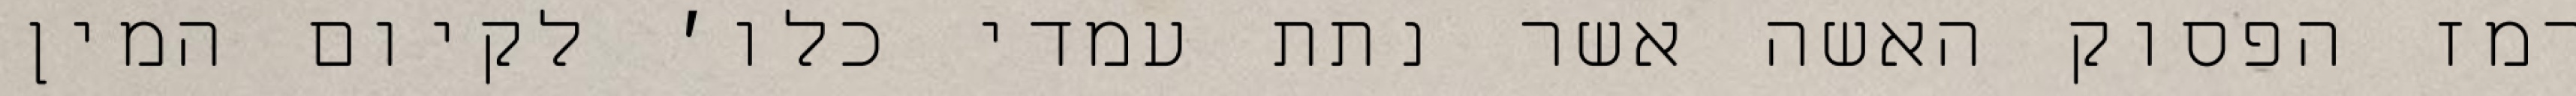
רמז הפסוק האשה אשר נתת עמדי כלו׳ לקיום המין